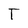
Character: T